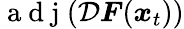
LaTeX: \mathrm{~a~d~j~}(\mathcal{D}\boldsymbol{F}(\boldsymbol{x}_{t}))